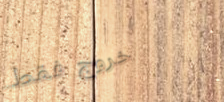
خروج فقط